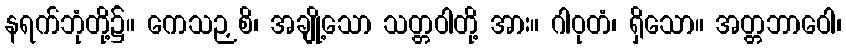
နရက်ဘုံတို့၌။ ကေသဉှစိ၊ အချို့သော သတ္တဝါတို့ အား။ ဂါဝုတံ၊ ရှိသော။ အတ္တဘာဝေါ၊